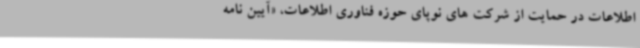
اطلاعات در حمایت از شرکت های نوپای حوزه فناوری اطلاعات، «آیین نامه